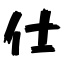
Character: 仕